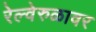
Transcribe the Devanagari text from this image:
रेल्वेरुळावर